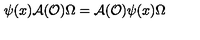
\psi ( x ) \mathcal { A } ( \mathcal { O } ) \Omega = \mathcal { A } ( \mathcal { O } ) \psi ( x ) \Omega